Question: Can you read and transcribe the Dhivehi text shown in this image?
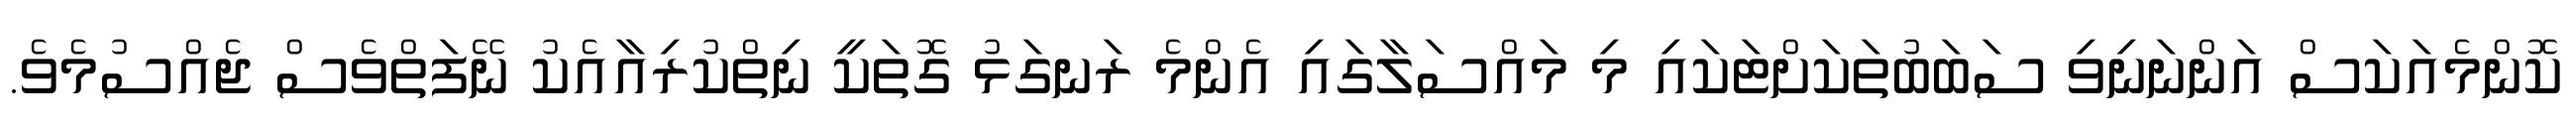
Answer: ކޮންމެއަކަސް އަންނަނިވި ސަބަބުތަކަށްޓަކައި މި މައްސަލާގައި އެންމެ ރަނގަޅު ގޮތަކީ ނިތްކުރިއާއެކު ނޭފަތްވެސް ޖެއްސުމެވެ.